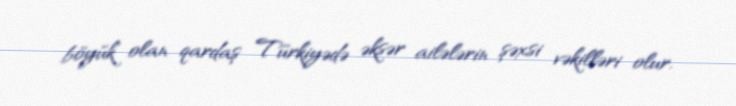
böyük olan qardaş Türkiyədə əksər ailələrin şəxsi vəkilləri olur.